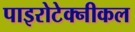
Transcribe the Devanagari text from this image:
पाइरोटेक्नीकल